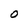
Character: o